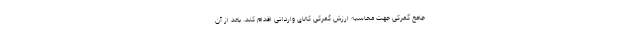
جامع گمرکی جهت محاسبه ارزش گمرکی کالای وارداتی اقدام کند. بعد از آن